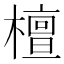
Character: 檀